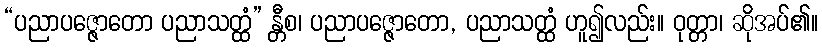
“ပညာပဇ္ဇောတော ပညာသတ္ထံ” န္တီစ၊ ပညာပဇ္ဇောတော, ပညာသတ္ထံ ဟူ၍လည်း။ ဝုတ္တာ၊ ဆိုအပ်၏။